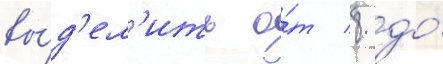
вы́д'ел'ить о́т 8 до́